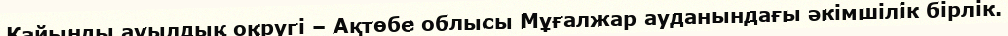
Қайыңды ауылдық округі – Ақтөбе облысы Мұғалжар ауданындағы әкімшілік бірлік.